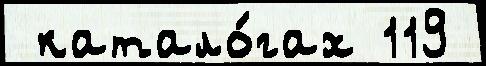
 катало́гах 119